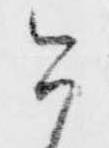
今